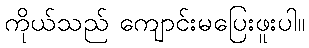
ကိုယ်သည် ကျောင်းမပြေးဖူးပါ။